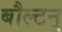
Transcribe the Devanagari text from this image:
बौल्‍टन्‌